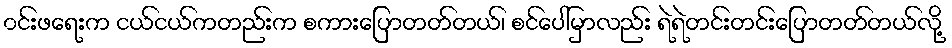
၀င်းဖရေးက ငယ်ငယ်ကတည်းက စကားပြောတတ်တယ်၊ စင်ပေါ်မှာလည်း ရဲရဲတင်းတင်းပြောတတ်တယ်လို့